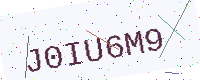
Text: J0IU6M9